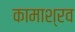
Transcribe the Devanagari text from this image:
कामाश्रव